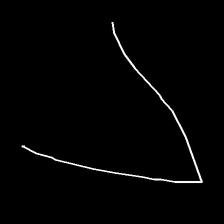
Glyph: region